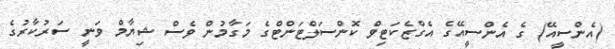
(އެންސީއޭ) ގެ އެންސީއޭގެ އެގްޒެކަޓިވް ކޮންސަލްޓަންޓްގެ މަގާމުން ވެސް ޝިޔާމް ވަނީ ސަރުކާރުގެ